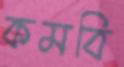
কমবি